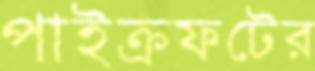
পাইক্রফটের